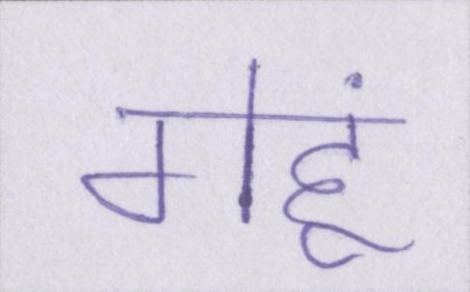
गेहूं